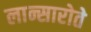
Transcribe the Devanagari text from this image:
लान्सारोते